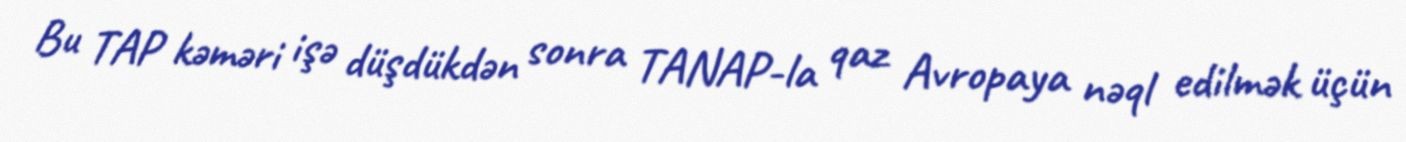
Bu TAP kəməri işə düşdükdən sonra TANAP-la qaz Avropaya nəql edilmək üçün